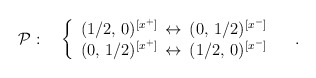
\begin{align*}{\cal P}:\quad\left\{\begin{array}{l}(1/2,\,0)^{[x^+]}\,\leftrightarrow \,(0,\,1/2)^{[x^-]}\\(0,\,1/2)^{[x^+]}\,\leftrightarrow \,(1/2,\,0)^{[x^-]}\end{array}\right.\quad.\end{align*}